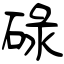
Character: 碌